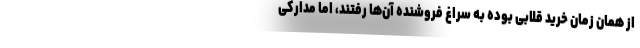
از همان زمان خرید قلابی بوده به سراغ فروشنده آن‌ها رفتند، اما مدارکی